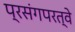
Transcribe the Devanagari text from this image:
प्रसंगपरत्वे